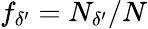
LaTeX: f_{\delta^{\prime}}=N_{\delta^{\prime}}/N